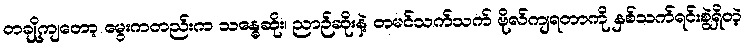
တချို့ကျတော့ မွေးကတည်းက သန္ဓေဆိုး၊ ညာဉ်ဆိုးနဲ့ တမင်သက်သက် ဗိုလ်ကျရတာကို နှစ်သက်ရင်းစွဲရှိတဲ့